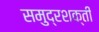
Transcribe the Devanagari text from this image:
समुद्रशक्ती